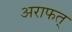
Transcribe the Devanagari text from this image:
अराफत्